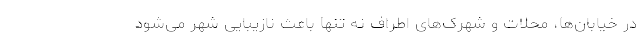
در خیابان‌ها، محلات و شهرک‌های اطراف نه تنها باعث نازیبایی شهر می‌شود